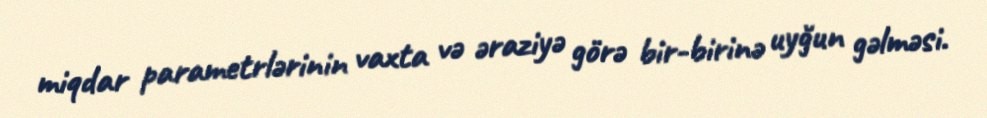
miqdar parametrlərinin vaxta və əraziyə görə bir-birinə uyğun gəlməsi.